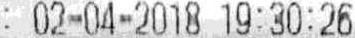
: 02-04-2018 19:30:26